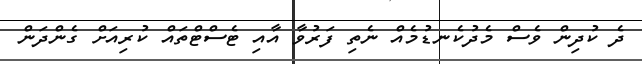
ދެ ކުދިން ވެސް މެދުކެނޑުމެއް ނެތި ފަރުވާ އާއި ޓެސްޓްތައް ކުރިއަށް ގެންދަން